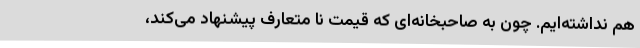
هم نداشته‌ایم. چون به صاحبخانه‌ای که قیمت نا متعارف پیشنهاد می‌کند،